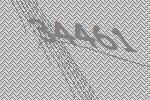
34461